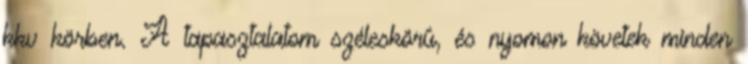
kkv körben. A tapasztalatom széleskörû, és nyomon követek minden